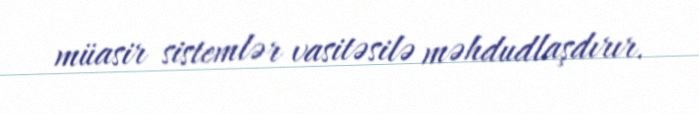
müasir sistemlər vasitəsilə məhdudlaşdırır.